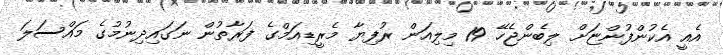
އެއީ އެކުންފުންޏަށް ލިބެންޖެހޭ 19 މިލިއަން ރުފިޔާ މެރީޑިއަމްގެ ފަރާތުން ނަގައިދިނުމުގެ މައްސަލަ